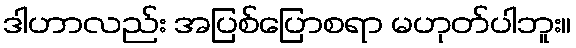
ဒါဟာလည်း အပြစ်ပြောစရာ မဟုတ်ပါဘူး။